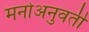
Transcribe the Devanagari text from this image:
मनोअनुवर्ती